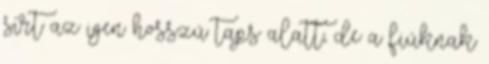
sírt az igen hosszú taps alatt, de a fiúknak